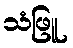
သံဖြူ